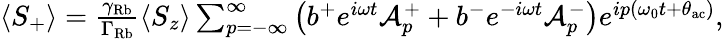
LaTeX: \begin{array}{r}{\langle S_{+}\rangle=\frac{\gamma_{\mathrm{Rb}}}{\Gamma_{\mathrm{Rb}}}\langle S_{z}\rangle\sum_{p=-\infty}^{\infty}\left(b^{+}e^{i\omega t}\mathcal{A}_{p}^{+}+b^{-}e^{-i\omega t}\mathcal{A}_{p}^{-}\right)e^{ip(\omega_{0}t+\theta_{\mathrm{ac}})},}\end{array}